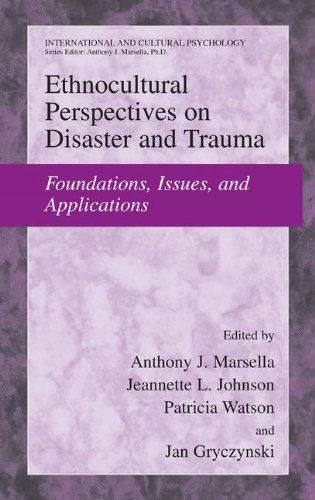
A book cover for Ethnocultural Perspectives on Disaster and Trauma: Foundations, Issues, and Applications (International and Cultural Psychology); Medical Books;